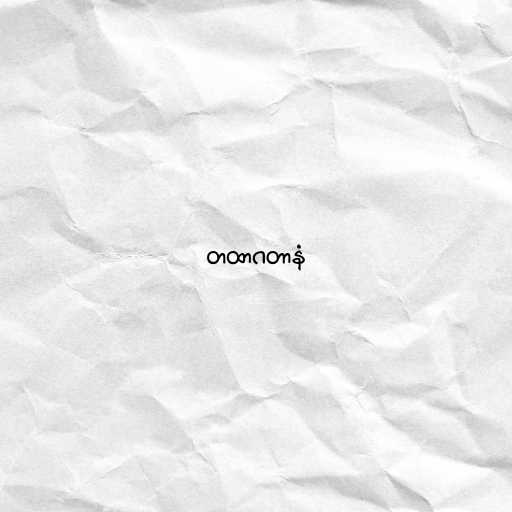
တထာဂတာနံ